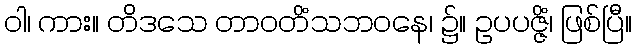
ဝါ၊ ကား။ တိဒသေ တာဝတိံသဘဝနေ၊ ၌။ ဥပပဇ္ဇိံ၊ ဖြစ်ပြီ။